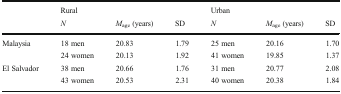
<table><thead><tr><td rowspan="2"></td><td colspan="3"><b>Rural</b></td><td colspan="3"><b>Urban</b></td></tr><tr><td><b><i>N</i></b></td><td><b><i>M</i><sub>age</sub> (years)</b></td><td><b>SD</b></td><td><b><i>N</i></b></td><td><b><i>M</i><sub>age</sub> (years)</b></td><td><b>SD</b></td></tr></thead><tbody><tr><td rowspan="2">Malaysia</td><td>18 men</td><td>20.83</td><td>1.79</td><td>25 men</td><td>20.16</td><td>1.70</td></tr><tr><td>24 women</td><td>20.13</td><td>1.92</td><td>41 women</td><td>19.85</td><td>1.37</td></tr><tr><td rowspan="2">El Salvador</td><td>38 men</td><td>20.66</td><td>1.76</td><td>31 men</td><td>20.77</td><td>2.08</td></tr><tr><td>43 women</td><td>20.53</td><td>2.31</td><td>40 women</td><td>20.38</td><td>1.84</td></tr></tbody></table>